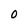
Character: 0